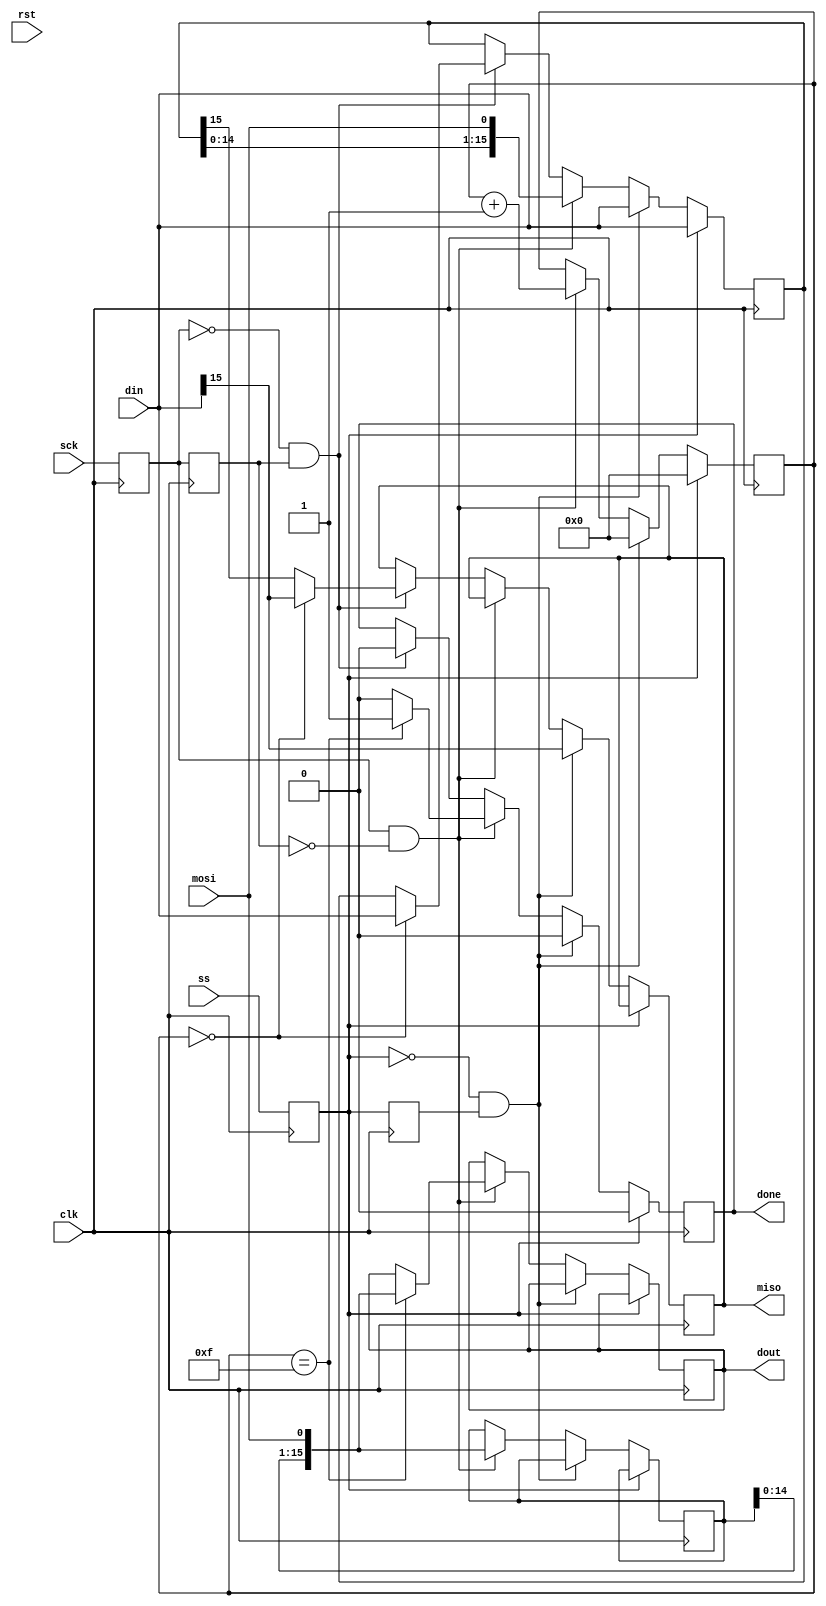
module spi_slave(
		     input clk,
		     input rst,
		     input ss,
		     input mosi,
		     output miso,
		     input sck,
		     output done,
		     input [15:0] din,
		     output [15:0] dout
		 );

   reg [15:0] 			  sr;
   reg [15:0] 			  sr_in;
   reg [15:0] 			  data_out;
   reg [3:0] 			  bit_cnt;
   reg 				  sck_d;
   reg 				  sck_d2;
   reg 				  ss_d;
   reg 				  ss_d2;
   reg 				  miso_q;
   reg 				  done;

   always @(posedge clk) begin
      sck_d <= sck;
      sck_d2 <= sck_d;
      ss_d <= ss;
      ss_d2 <= ss_d;
      if( ss_d ) begin
	 bit_cnt <= 4'b0;
	 done <= 1'b0;
	 sr <= din;
      end else if( !ss_d & ss_d2 ) begin // falling edge CS
	 sr <= din;
	 bit_cnt <= 4'b0;
	 done <= 1'b0;
	 miso_q <= din[15];
      end else begin
	 if( sck_d & !sck_d2 ) begin // rising edge SCK
	    sr_in[15:0] <= {sr_in[14:0], mosi};
	    sr <= {sr[14:0], mosi};
	    bit_cnt <= bit_cnt + 1;
	    if( bit_cnt == 4'b1111 ) begin
	       done <= 1'b1;
	       data_out[15:0] <= {sr_in[14:0], mosi};
	    end else begin
	       done <= 1'b0;
	    end
	 end else if( !sck_d & sck_d2 ) begin // falling edge SCK
	    done <= 1'b0;
	    if( bit_cnt == 4'b0000 ) begin
	       sr <= din;
	       miso_q <= din[15];
	    end else begin
	       sr <= sr;
	       miso_q <= sr[15];
	    end
	 end
      end
   end // always @ (posedge clk)
   assign miso = miso_q;
   assign dout[15:0] = data_out[15:0];

endmodule